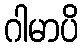
ဂါမာပိ